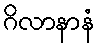
ဂိလာနာနံ